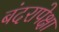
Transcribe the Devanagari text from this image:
बंदरापेक्षा